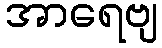
အာရေဗျ